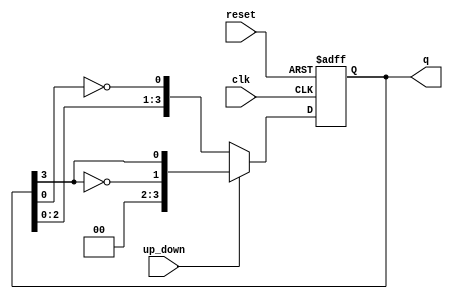
module Bidirectional_Johnson_Counter (
    input wire clk,            // Clock signal
    input wire reset,          // Reset signal
    input wire up_down,        // Control signal for counting direction (1 = up, 0 = down)
    output reg [n-1:0] q       // Output of the counter
);
    parameter n = 4;           // Number of bits in the counter (adjust as needed)

    always @(posedge clk or posedge reset) begin
        if (reset) begin
            q <= 0;            // Reset the counter to 0
        end else begin
            if (up_down) begin
                // Counting Up (right shift)
                q <= {~q[n-1], q[n-1:n-1]}; // Shift right and feedback inverted last bit
            end else begin
                // Counting Down (left shift)
                q <= {q[n-2:0], ~q[0]}; // Shift left and feedback inverted first bit
            end
        end
    end

endmodule